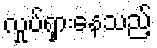
လှုပ်ရှားနေသည့်